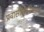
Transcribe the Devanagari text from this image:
प्रवासीसंख्येप्रमाणे